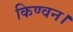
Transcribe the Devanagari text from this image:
किण्वन।